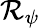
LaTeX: \mathcal{R}_{\psi}